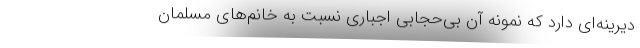
دیرینه‌ای دارد که نمونه آن بی‌حجابی اجباری نسبت به خانم‌های مسلمان